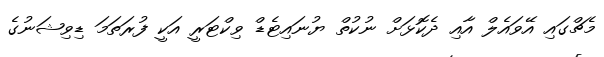
މެޗްގައި އޭވައެލް އާއި ދެކޮޅަށް ނުކުތް ޔުނައިޓެޑް ވިކްޓަރީ އަކީ ފުރަތަމަ ޑިވިޝަނުގެ